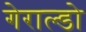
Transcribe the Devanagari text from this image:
गेराल्डो